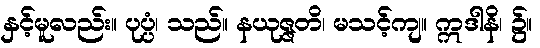
နှင့်မူလည်း။ ပုပ္ပံ၊ သည်။ နယုဇ္ဇတိ၊ မသင့်ကျ။ ဣဒါနိ၊ ၌။